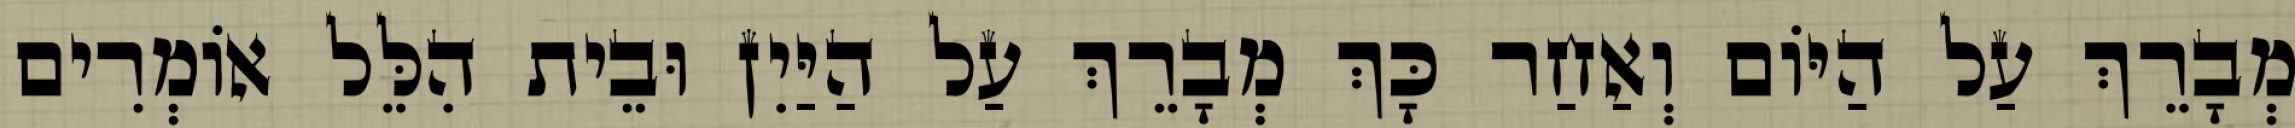
מְבָרֵךְ עַל הַיּוֹם וְאַחַר כָּךְ מְבָרֵךְ עַל הַיַּיִן וּבֵית הִלֵּל אוֹמְרִים